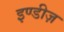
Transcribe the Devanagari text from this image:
इण्डीज़